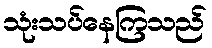
သုံးသပ်နေကြသည်